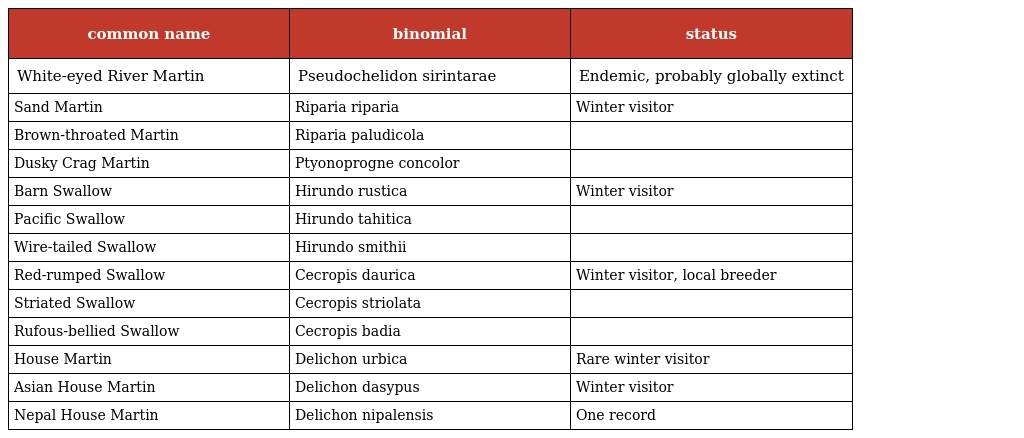
| common name | binomial | status |
 | --- | --- | --- |
 | White-eyed River Martin | Pseudochelidon sirintarae | Endemic, probably globally extinct |
 | Sand Martin | Riparia riparia | Winter visitor |
 | Brown-throated Martin | Riparia paludicola |  |
 | Dusky Crag Martin | Ptyonoprogne concolor |  |
 | Barn Swallow | Hirundo rustica | Winter visitor |
 | Pacific Swallow | Hirundo tahitica |  |
 | Wire-tailed Swallow | Hirundo smithii |  |
 | Red-rumped Swallow | Cecropis daurica | Winter visitor, local breeder |
 | Striated Swallow | Cecropis striolata |  |
 | Rufous-bellied Swallow | Cecropis badia |  |
 | House Martin | Delichon urbica | Rare winter visitor |
 | Asian House Martin | Delichon dasypus | Winter visitor |
 | Nepal House Martin | Delichon nipalensis | One record |